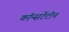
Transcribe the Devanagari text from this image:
कॉन्सटेंटीन